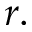
r .